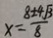
x = \frac { 8 \pm 4 \sqrt { 3 } } { 8 }